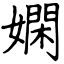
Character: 嫻